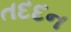
તદદન